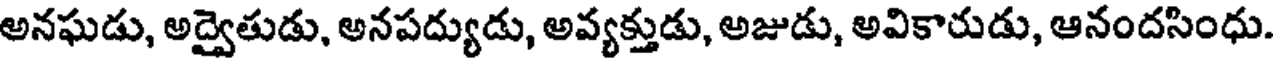
అనఘడు, అద్వైతుడు, అనపద్యుడు, అవ్యక్తుడు, అజుడు, అవికారుడు, ఆనందసింధు.